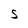
Character: S